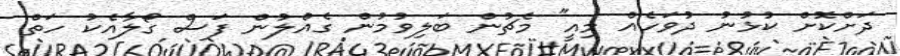
ދަށްކޮށް ކުޅުނު ދުވަހެއް މިއީ" މެޗުން ބަލިވުމުން ގެއްލުން ފަސް ގޯލާއެކު ހަތް